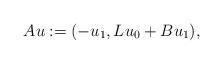
LaTeX: \begin{align*}Au := (-u_{1}, L u_{0} + Bu_{1}),\end{align*}